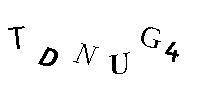
TDNUG4